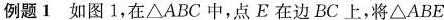
例题1 如图1，在 \triangle ABC中，点E在边BC上，将 \triangle ABE